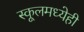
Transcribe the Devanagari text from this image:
स्कूलमध्येही